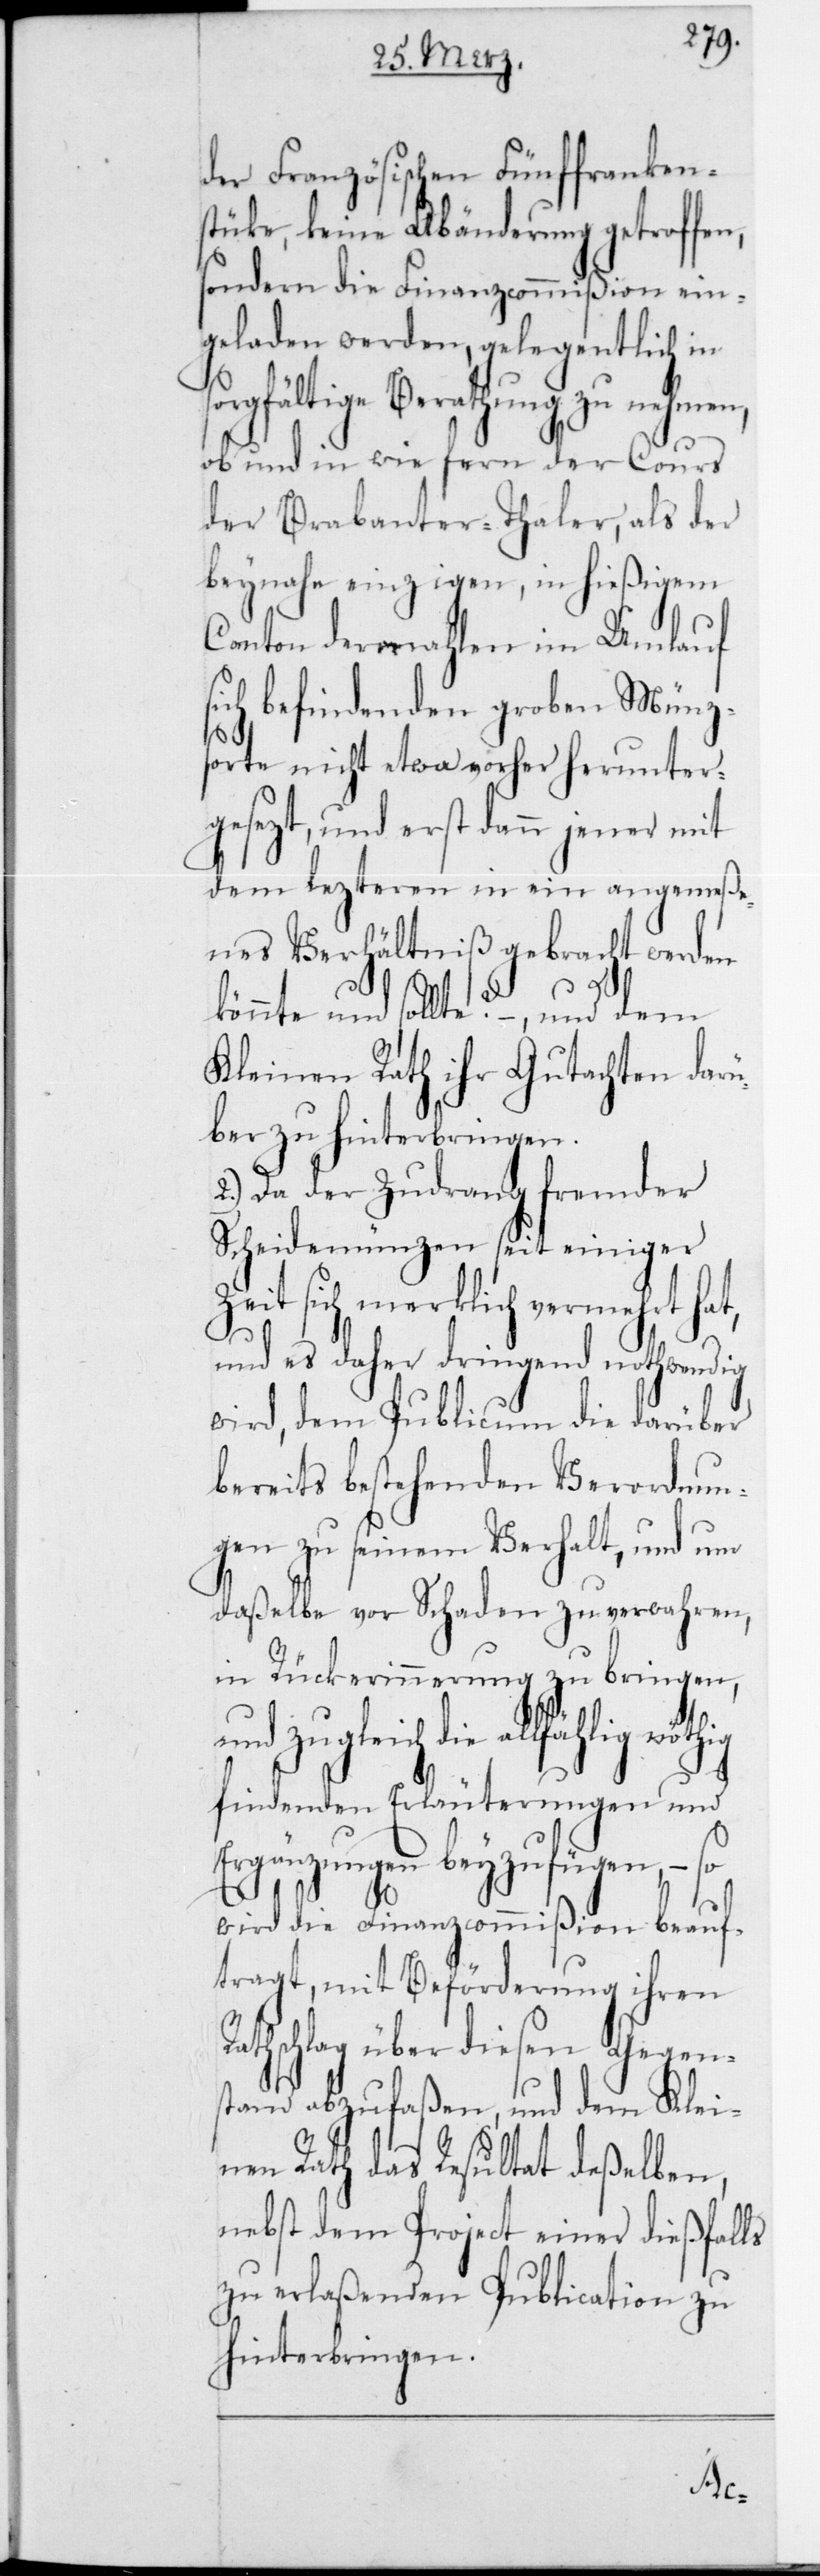
der Französischen Fünffranken¬
stüke, keine Abänderung getroffen,
sondern die Finanzcommißion ein¬
geladen werden, gelegentlich in
orgfältige Berathung zu nehmen,
ob und in wie fern der Cours
der Brabanter-Thaler, als der
beynahe einzigen, in hießigem
Canton dermahlen im Umlauf
sich befindenden groben Münz¬
sorte nicht etwa vorher herunter¬
gesezt, und erst dann jener mit
dem lezteren in ein angemeße¬
nes Verhältniß gebracht werden
könnte und sollte? – und dem
Kleinen Rath ihr Gutachten darü¬
ber zu hinterbringen.
2.) Da der Zudrang fremder
Scheidemünzen seit einiger
Zeit sich merklich vermehrt hat,
und es daher dringend nothwendig
wird, dem Publicum die darüber
bereits bestehenden Verordnun¬
gen zu seinem Verhalt, und um
daßelbe vor Schaden zu verwahren,
in Rückerinnerung zu bringen,
und zugleich die allfählig
findenden Erleuterungen und
Ergänzungen beyzufügen, – so
wird die Finanzcommißion beauf¬
tragt, mit Beförderung ihren
athschlag über diesen Gegen¬
stand abzufaßen, und dem Klei¬
nen Rath das Resultat deßelben,
nebst dem Project einer dießfalls
zu erlaßenden Publication zu
hinterbringen.
R¬